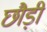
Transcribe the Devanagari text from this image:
छौड़ी